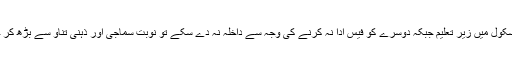
محلہ سے ایک بچہ نجی سکول میں زیر تعلیم جبکہ دوسرے کو فیس ادا نہ کرنے کی وجہ سے داخلہ نہ دے سکے تو نوبت سماجی اور ذہنی تناو سے بڑھ کر خودکشی تک پہنچتی ہے۔